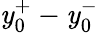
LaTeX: \mathit{y}_{0}^{+}-\mathit{y}_{0}^{-}